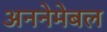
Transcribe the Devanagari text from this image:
अननेमेबल